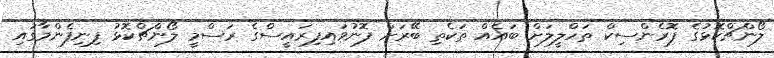
ލޯންޗްކޮޅުގެ ފޮރެންސިކް ތަހްލީލަށް ބައެއް ތަކެތި ބޭރަށް ފޮނުވައިފިރައީސްގެ ރަސްމީ ލޯންޗްކޮޅު ފިނިފެންމާގައި